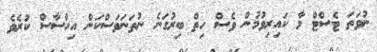
ނުވަތަ ޓެސްޓް މާ ކައިރިވުމުން ވެސް ހިތް ބިރުގަނެ ނުތަނަވަސްކަން އިހްސާސް ކުރެވެ